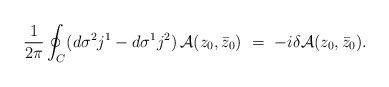
\begin{align*}\frac{1}{2\pi}\oint_C (d\sigma^2 j^1 - d\sigma^1 j^2)\,{\cal A}(z_0,\bar z_0)\ =\ - i\delta {\cal A}(z_0,\bar z_0).\end{align*}